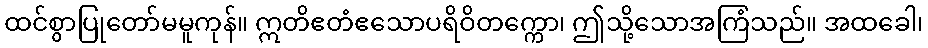
ထင်စွာပြုတော်မမူကုန်။ ဣတိဧတံဧသောပရိဝိတက္ကော၊ ဤသို့သောအကြံသည်။ အထခေါ၊